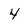
Character: 4